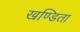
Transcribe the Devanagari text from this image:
खण्डिता